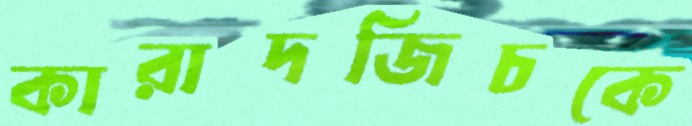
কারাদজিচকে